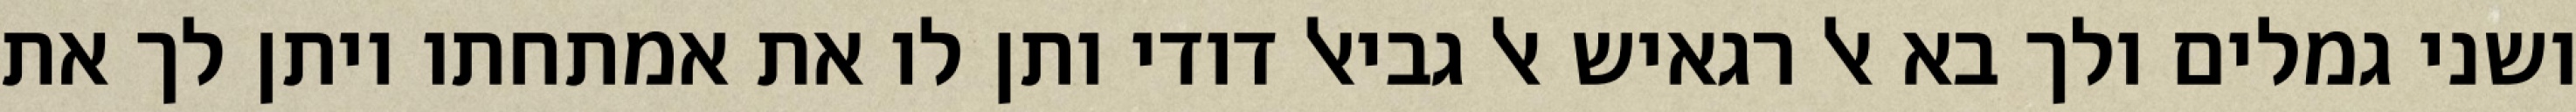
ושני גמלים ולך בא אל רגאיש אל גביאל דודי ותן לו את אמתחתו ויתן לך את